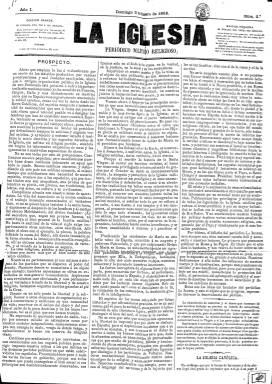
Título: La Iglesia (Madrid)
Colección: Periódicos
Ámbito geográfico: Madrid
Lugar de publicación: Madrid
Fechas: 10/01/1869-14/03/1869

Semanario, que aparece cada domingo, a partir del diez de enero de 1869, y cuya colección en la Biblioteca Nacional de España cesa con el número 10, correspondiente al 14 de marzo de ese año. Según Hartzenbusch (1894) pudo seguir publicándose hasta mayo o junio, siendo su vida muy breve. Se desconoce quien fuera su fundador, pero en el prospecto que inserta en su primera entrega se identifica como “sacerdote”, quien dice publicarla para defender la doctrina, la “augusta verdad” y los “sagrados derechos” de la iglesia y la Roma pontificia, al considerar que la “unidad católica” de España se ve “gravemente amenazada” como nunca desde los Reyes Católicos, no separando ésta de la “indestructible nacionalidad que une a todas sus provincias”.

A partir de su segundo número, cambia el formato de las entregas, que lo serán de dieciséis páginas, compuestas a dos columnas. Primero es estampada en la imprenta a cargo de J.E. Morote y después, en la de T. Fortanet. Además de esta “edición grande”, en su cabecera indica que también sacaba “una edición pequeña” cada dos veces por semana. Se publica a los pocos meses de estallar la Septembrina, cuando se inicia el primer proceso constituyente democrático, a la vez que la búsqueda de una nueva dinastía para la Corona de España.

Lleva el subtítulo “periódico político religioso”, expresando también su fundador que “no militaba en ningún partido”, y que combatirá incesantemente contra los enemigos de la religión, que los identifica como los “partidarios de Voltaire”, dedicando especial atención a los movimientos políticos y nacionales que se estaban desarrollando también en Francia, Italia, Bélgica o Austria, y considerando que en España “el dogma, la moral y la disciplina católica se ven atacados por la prensa revolucionaria, protegida y sostenida por el gobierno”.

Cada número comienza con un sumario de sus contenidos. Publica artículos doctrinales y políticos, de historia de la Iglesia católica y sobre sus dogmas, en concreto sobre el de la Virgen María. Algunos de los epígrafes de sus textos son: Respetad a la Iglesia Católica, Aspiraciones de los revolucionarios contra la Iglesia, El futuro Concilio, La libertad de cultos en Roma, La libertad de cultos en la joven España, La supresión de los conventos, El protestantismo inglés, Una alhaja de la Casa de Saboya, El duque de Montpensier juzgado por la Civittá Católica de Roma, o una serie con el título Resumen histórico dirigido al partido orleanista español, que, a pesar de recibir consejos para que dejara de publicarla, el director la seguirá incluyendo en sus posteriores entregas. También publica crónicas de actualidad de España (entre estas, una parlamentaria) y del extranjero y un folletín titulado Roma y los papas, sobre la historia del papado. También comenta la prensa coetánea.